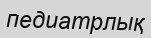
педиатрлық